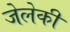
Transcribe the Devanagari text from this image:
जेलेकी